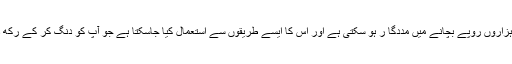
آپ کے ہزاروں روپے بچانے میں مددگا ر ہو سکتی ہے اور اس کا ایسے طریقوں سے استعمال کیا جاسکتا ہے جو آپ کو دنگ کر کے رکھ دیں گے۔